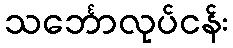
သင်္ဘောလုပ်ငန်း